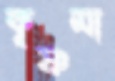
কৃষ্ণমা